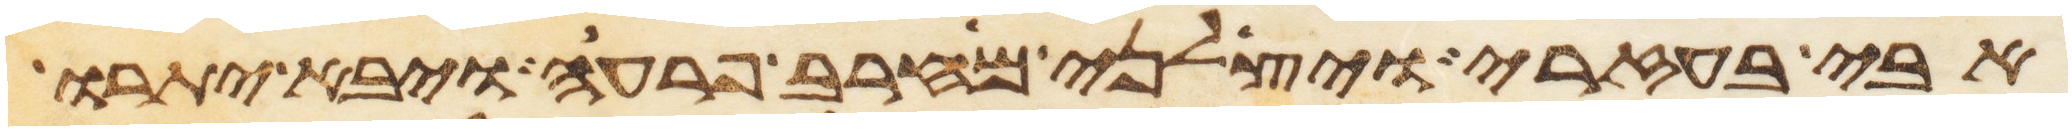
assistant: אבי בעזרי ויצלני מחרב פרעה ויבא יתרו